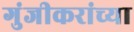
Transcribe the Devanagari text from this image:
गुंजीकरांच्या